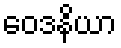
ဝေဒနိယာ